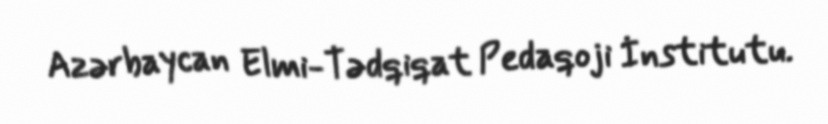
Azərbaycan Elmi-Tədqiqat Pedaqoji İnstitutu.